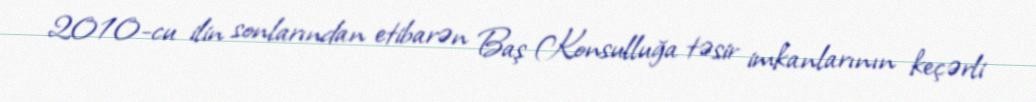
2010-cu ilin sonlarından etibarən Baş Konsulluğa təsir imkanlarının keçərli